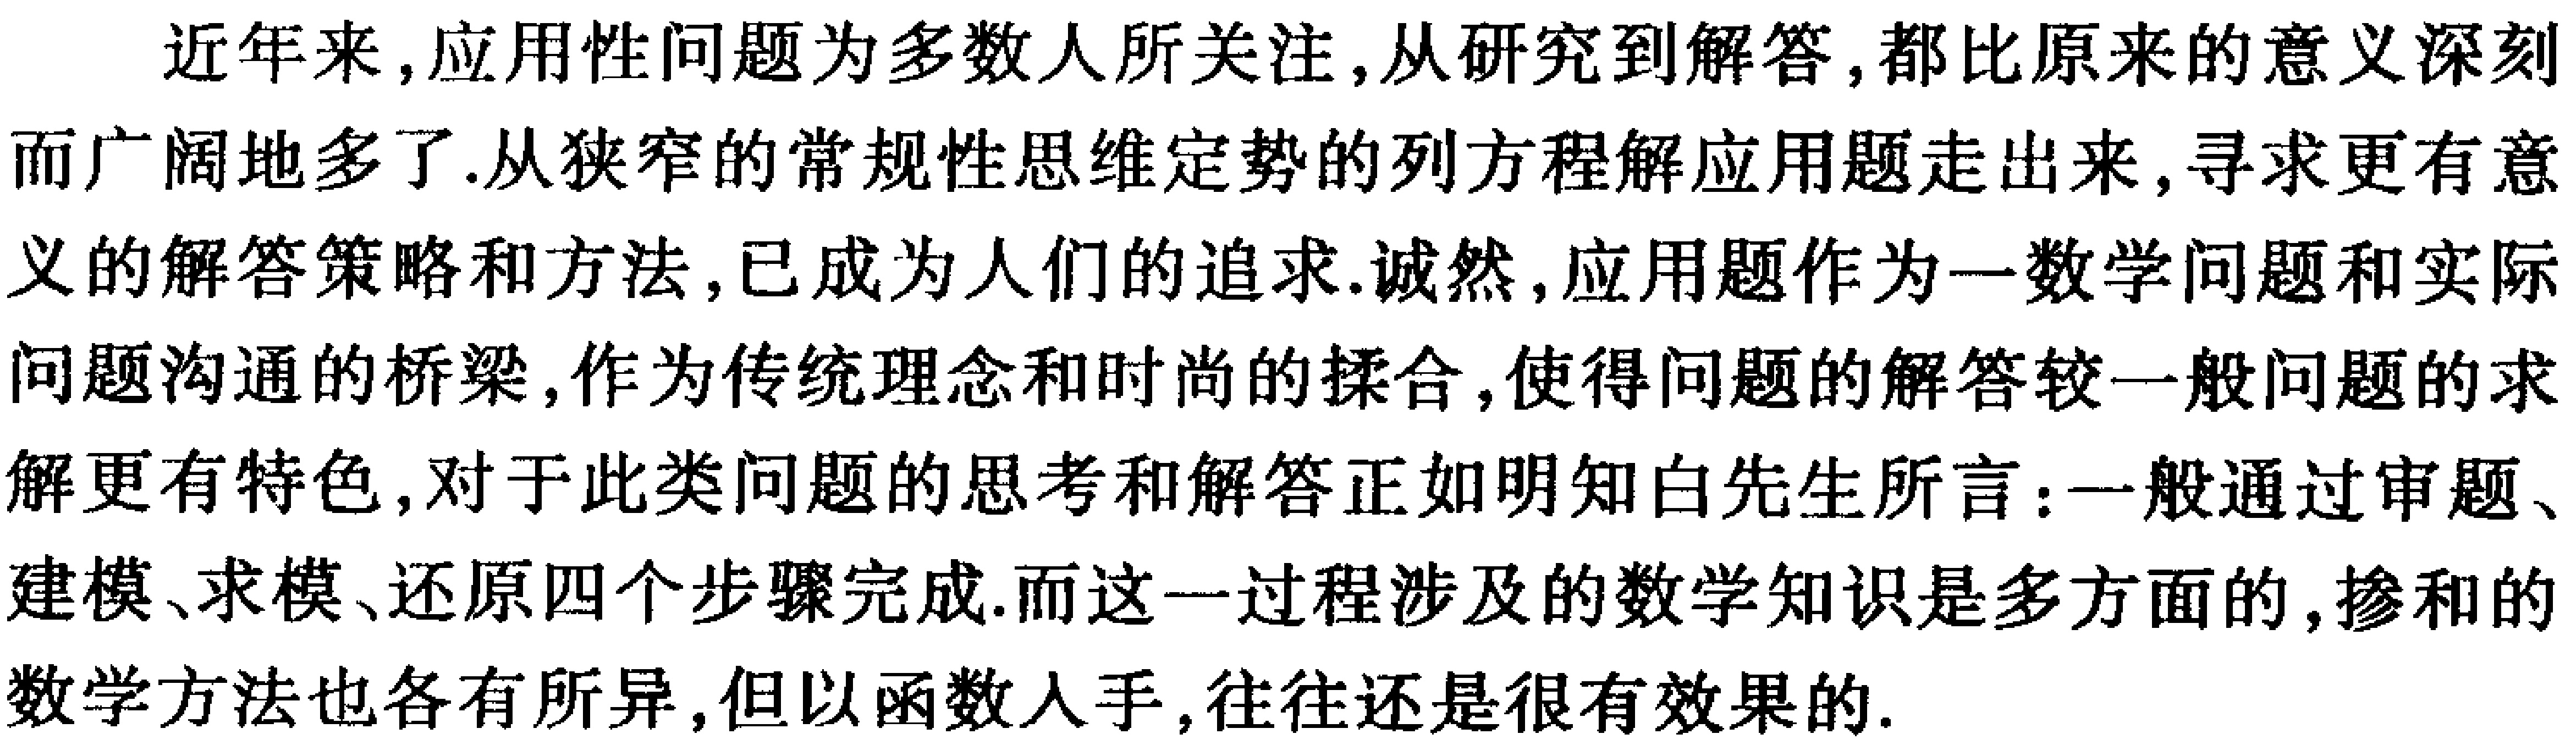
近年来,应用性问题为多数人所关注,从研究到解答,都比原来的意义深刻而广阔地多了.从狭窄的常规性思维定势的列方程解应用题走出来,寻求更有意义的解答策略和方法,已成为人们的追求.诚然,应用题作为一数学问题和实际问题沟通的桥梁,作为传统理念和时尚的揉合,使得问题的解答较一般问题的求解更有特色,对于此类问题的思考和解答正如明知白先生所言:一般通过审题、建模、求模、还原四个步骤完成.而这一过程涉及的数学知识是多方面的,掺和的数学方法也各有所异,但以函数入手,往往还是很有效果的.